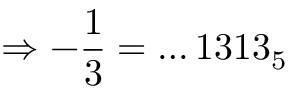
\Rightarrow - { \frac { 1 } { 3 } } = \dots 1 3 1 3 _ { 5 }